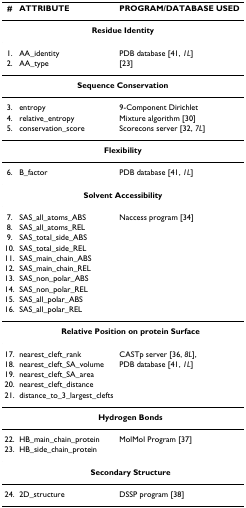
<table><thead><tr><td><b>#</b></td><td><b>ATTRIBUTE</b></td><td><b>PROGRAM/DATABASE USED</b></td></tr></thead><tbody><tr><td colspan="3"><b>Residue Identity</b></td></tr><tr><td>1.</td><td>AA_identity</td><td>PDB database [41, <i>1L</i>]</td></tr><tr><td>2.</td><td>AA_type</td><td>[23]</td></tr><tr><td colspan="3"><b>Sequence Conservation</b></td></tr><tr><td>3.</td><td>entropy</td><td>9-Component Dirichlet</td></tr><tr><td>4.</td><td>relative_entropy</td><td>Mixture algorithm [30]</td></tr><tr><td>5.</td><td>conservation_score</td><td>Scorecons server [32, <i>7L</i>]</td></tr><tr><td colspan="3"><b>Flexibility</b></td></tr><tr><td>6.</td><td>B_factor</td><td>PDB database [41, <i>1L</i>]</td></tr><tr><td colspan="3"><b>Solvent Accessibility</b></td></tr><tr><td>7.</td><td>SAS_all_atoms_ABS</td><td>Naccess program [34]</td></tr><tr><td>8.</td><td>SAS_all_atoms_REL</td><td></td></tr><tr><td>9.</td><td>SAS_total_side_ABS</td><td></td></tr><tr><td>10.</td><td>SAS_total_side_REL</td><td></td></tr><tr><td>11.</td><td>SAS_main_chain_ABS</td><td></td></tr><tr><td>12.</td><td>SAS_main_chain_REL</td><td></td></tr><tr><td>13.</td><td>SAS_non_polar_ABS</td><td></td></tr><tr><td>14.</td><td>SAS_non_polar_REL</td><td></td></tr><tr><td>15.</td><td>SAS_all_polar_ABS</td><td></td></tr><tr><td>16.</td><td>SAS_all_polar_REL</td><td></td></tr><tr><td></td><td colspan="2"><b>Relative Position on protein Surface</b></td></tr><tr><td>17.</td><td>nearest_cleft_rank</td><td>CASTp server [36, <i>8L</i>],</td></tr><tr><td>18.</td><td>nearest_cleft_SA_volume</td><td>PDB database [41, <i>1L</i>]</td></tr><tr><td>19.</td><td>nearest_cleft_SA_area</td><td></td></tr><tr><td>20.</td><td>nearest_cleft_distance</td><td></td></tr><tr><td>21.</td><td>distance_to_3_largest_clefts</td><td></td></tr><tr><td></td><td colspan="2"><b>Hydrogen Bonds</b></td></tr><tr><td>22.</td><td>HB_main_chain_protein</td><td>MolMol Program [37]</td></tr><tr><td>23.</td><td>HB_side_chain_protein</td><td></td></tr><tr><td></td><td colspan="2"><b>Secondary Structure</b></td></tr><tr><td>24.</td><td>2D_structure</td><td>DSSP program [38]</td></tr></tbody></table>